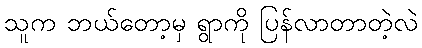
သူက ဘယ်တော့မှ ရွာကို ပြန်လာတာတဲ့လဲ